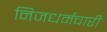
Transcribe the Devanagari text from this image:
निजधर्मचारी